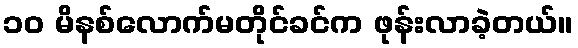
၁၀ မိနစ်လောက်မတိုင်ခင်က ဖုန်းလာခဲ့တယ်။